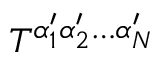
T ^ { \alpha _ { 1 } ^ { \prime } \alpha _ { 2 } ^ { \prime } \phantom { q } \! \! \! \dots \alpha _ { N } ^ { \prime } }